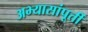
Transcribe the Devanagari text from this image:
अभ्यासांपूर्ती